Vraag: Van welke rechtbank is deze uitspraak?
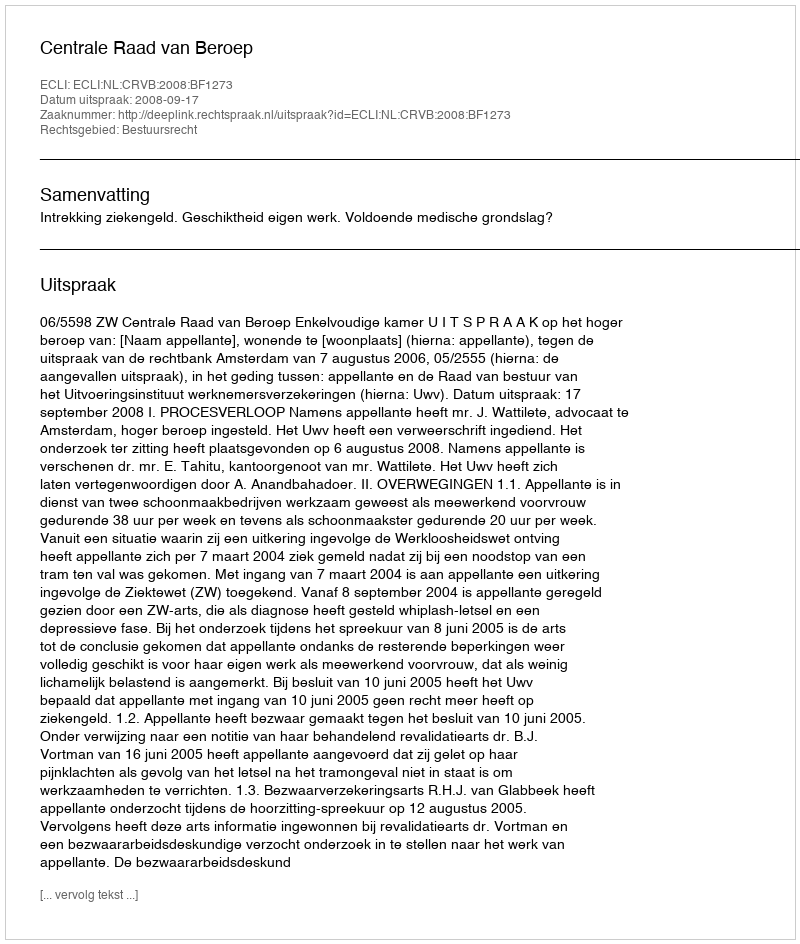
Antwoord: Centrale Raad van Beroep